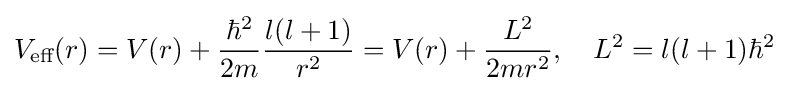
V_{\text{eff}}(r)=V(r)+{\frac {\hbar ^{2}}{2m}}{\frac {l(l+1)}{r^{2}}}=V(r)+{\frac {L^{2}}{2mr^{2}}},\quad L^{2}=l(l+1)\hbar ^{2}